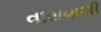
વાસવાણી